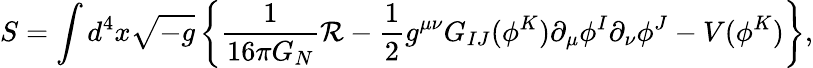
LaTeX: S=\int d^{4}x\sqrt{-g}\left\{ {\frac{1}{16\pi G_{N}}}{\cal R}-\frac{1}{2}g^{\mu\nu}G_{IJ}(\phi^{K})\partial_{\mu}\phi^{I}\partial_{\nu}\phi^{J}-V(\phi^{K})\right\} ,